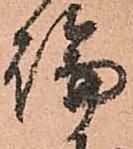
論